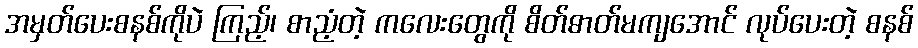
အမှတ်ပေးစနစ်ကိုပဲ ကြည့်၊ စာညံ့တဲ့ ကလေးတွေကို စိတ်ဓာတ်မကျအောင် လုပ်ပေးတဲ့ စနစ်